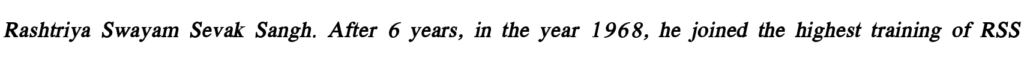
Rashtriya Swayam Sevak Sangh. After 6 years, in the year 1968, he joined the highest training of RSS